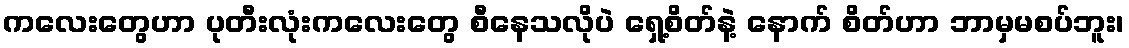
ကလေးတွေဟာ ပုတီးလုံးကလေးတွေ စီနေသလိုပဲ ရှေ့စိတ်နဲ့ နောက် စိတ်ဟာ ဘာမှမစပ်ဘူး၊